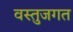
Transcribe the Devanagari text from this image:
वस्तुजगत